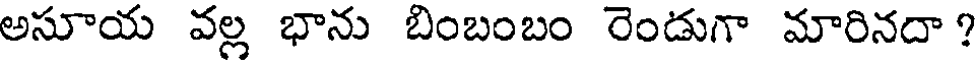
అసూయ వల్ల భాను బింబంబం రెండుగా మారినదా ?